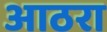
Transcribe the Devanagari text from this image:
आठरा